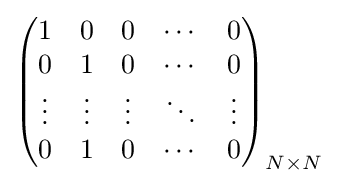
{\begin{pmatrix}1&0&0&\cdots &0\\0&1&0&\cdots &0\\\vdots &\vdots &\vdots &\ddots &\vdots \\0&1&0&\cdots &0\\\end{pmatrix}}_{N\times N}